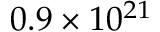
0 . 9 \times 1 0 ^ { 2 1 }